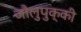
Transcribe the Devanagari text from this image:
जौलुपुक्की